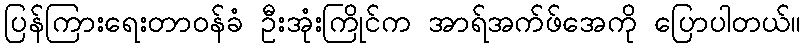
ပြန်ကြားရေးတာဝန်ခံ ဦးအုံးကြိုင်က အာရ်အက်ဖ်အေကို ပြောပါတယ်။